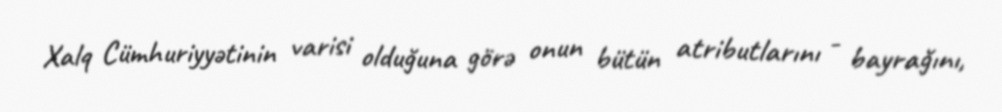
Xalq Cümhuriyyətinin varisi olduğuna görə onun bütün atributlarını - bayrağını,